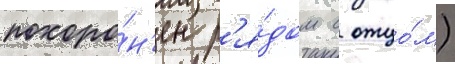
похоро́н'ен р'я́дом с отцо́м)